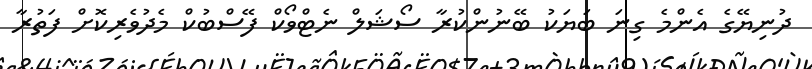
ދުނިޔޭގެ އެންމެ ގިނަ ބަޔަކު ބޭނުންކުރާ ސޯޝަލް ނެޓްވޯކް ފޭސްބުކް މެދުވެރިކޮށް ފަތުރާ